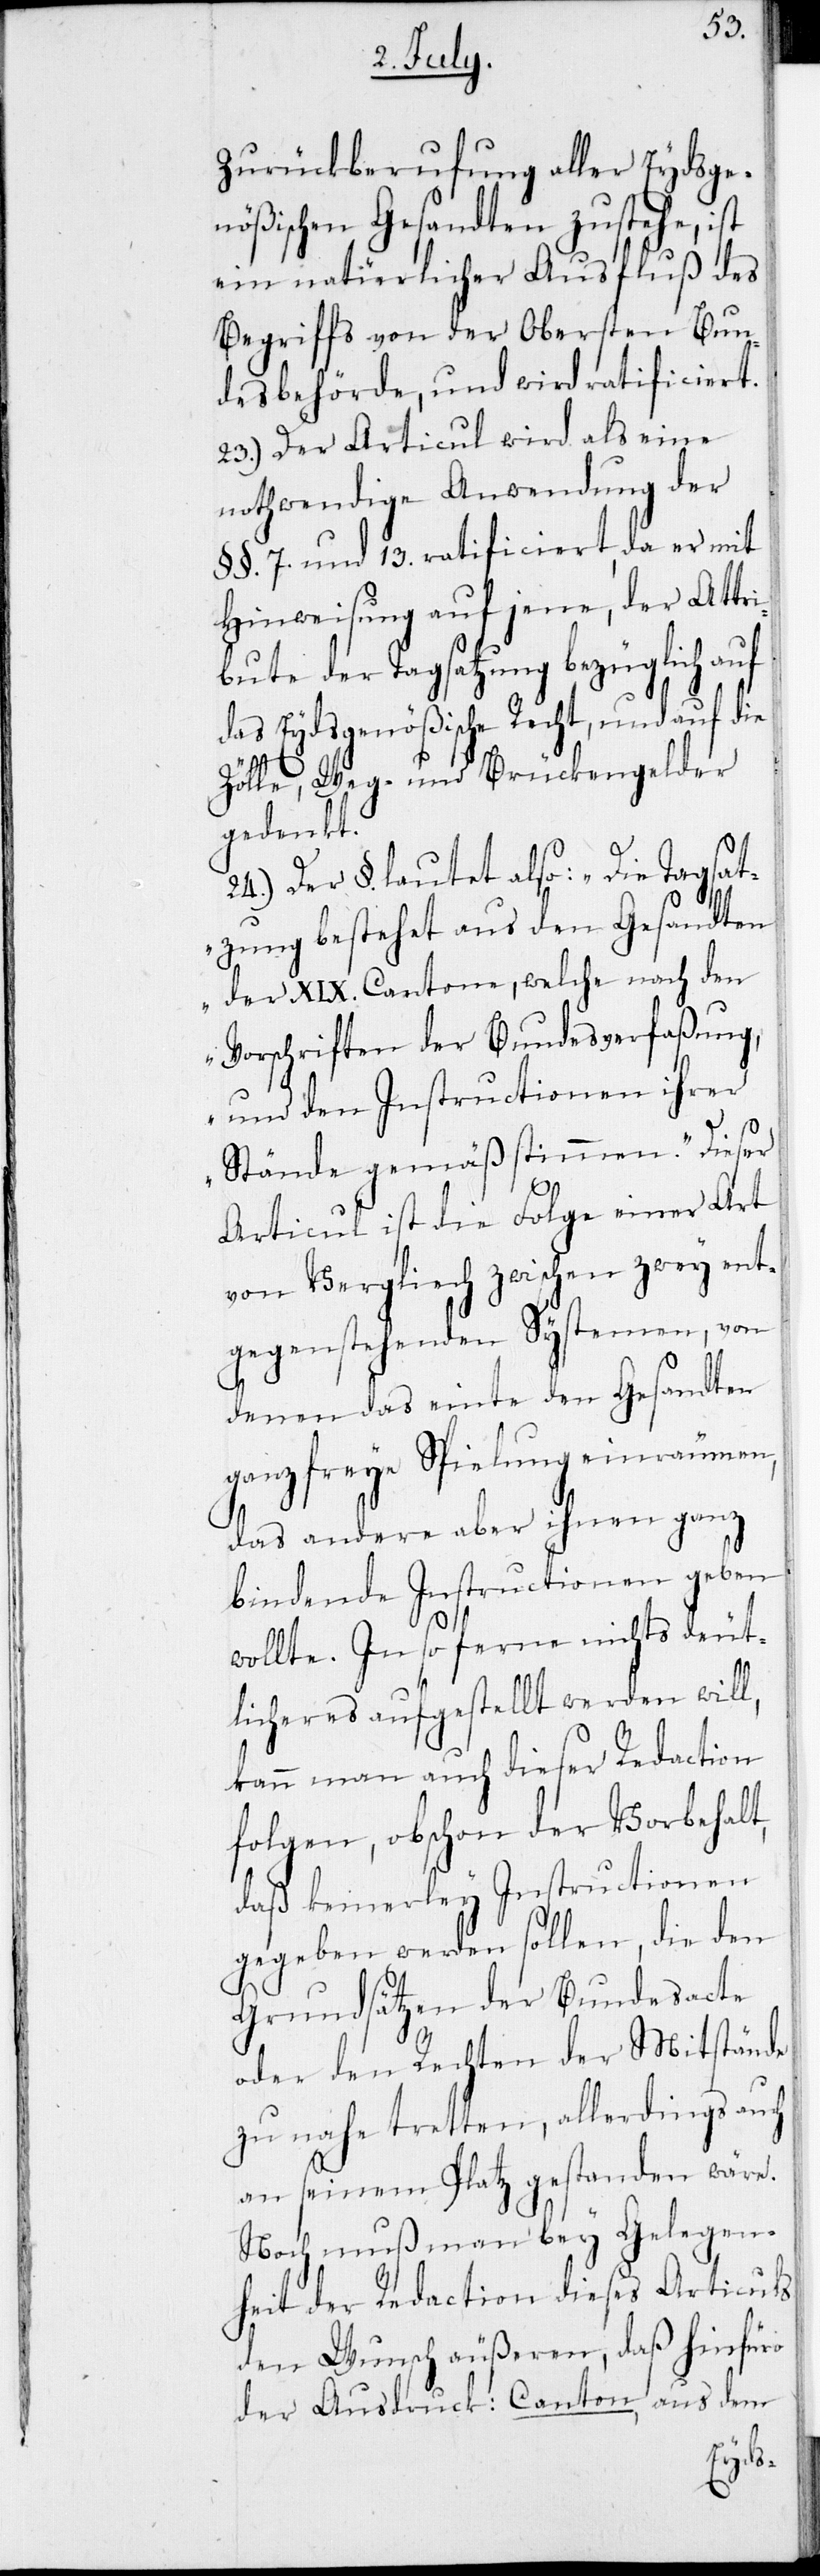
Zurückberufung aller Eydsge¬
nößischen Gesandten zustehe, ist
ein natürlicher Ausfluß des
Begriffs von der Obersten Bun¬
desbehörde, und wird ratificiert.
23.) Der Articul wird als eine
nothwendige Anwendung der
§ §. 7. und 13. ratificiert, da er mit
Hinweisung auf jene, der Attri¬
bute der Tagsatzung bezüglich auf
das Eydsgenößische Recht, und auf die
Zölle, Wege- und Brückengelder
gedenkt.
24.) Der §. lautete also: „Die Tagsat¬
zung bestehet aus den Gesandten
der XIX. Cantone, welche nach den
Vorschriften der Bundesverfaßung,
und den Instructionen ihrer
Stände gemäß stimmen.“ Dieser
Articul ist die Folge einer Art
von Vergleich zwischen zwey ent¬
gegenstehenden Systemen, von
denen das einte den Gesandten
ganz freye Spielung einräumen,
das andere aber ihnen ganz
bindende Instructionen geben
wollte. In so ferne nichts deut¬
licheres aufgestellt werden will,
kann man auch dieser Redaction
folgen, obschon der Vorbehalt,
daß keinerley Instructionen
gegeben werden sollen, die den
Grundsätzen der Bundesacte
oder den Rechten der Mitstände
zu nahe tretten, allerdings auch
an seinem Platz gestanden wäre.
Noch muß man bey Gelegen¬
heit der Redaction dieses Articuls
den Wunsch äußeren, daß hinfüro
der Ausdruck: Canton, aus dem